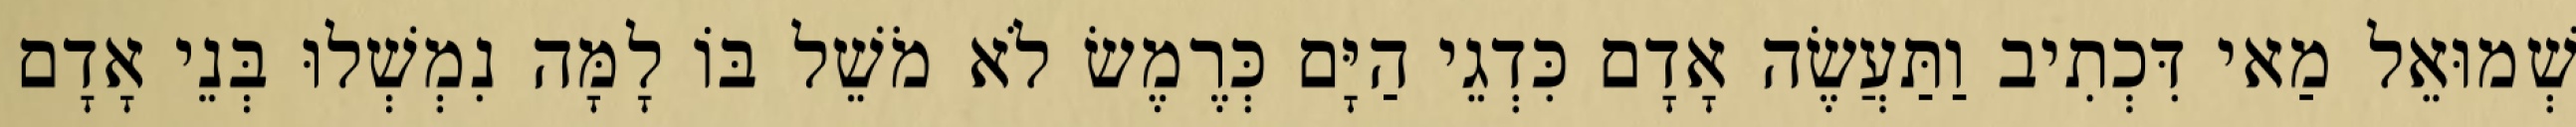
שְׁמוּאֵל מַאי דִּכְתִיב וַתַּעֲשֶׂה אָדָם כִּדְגֵי הַיָּם כְּרֶמֶשׂ לֹא מֹשֵׁל בּוֹ לָמָּה נִמְשְׁלוּ בְּנֵי אָדָם